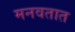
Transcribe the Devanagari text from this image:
मनवतात